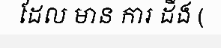
ដែល មាន ការ ដឹង (